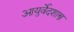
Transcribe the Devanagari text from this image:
आयुर्वेदशास्त्र